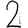
Digit: 2